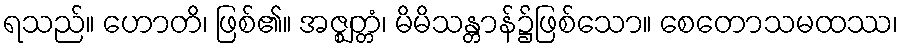
ရသည်။ ဟောတိ၊ ဖြစ်၏။ အဇ္ဈတ္တံ၊ မိမိသန္တာန်၌ဖြစ်သော။ စေတောသမထဿ၊